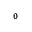
_ { 0 }